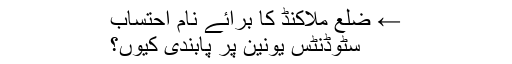
← ضلع ملاکنڈ کا برائے نام احتساب
سٹوڈنٹس یونین پر پابندی کیوں؟